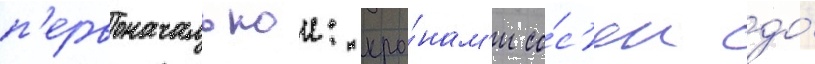
п'ервоначальнои: кро́нам'и со́с'ен до́